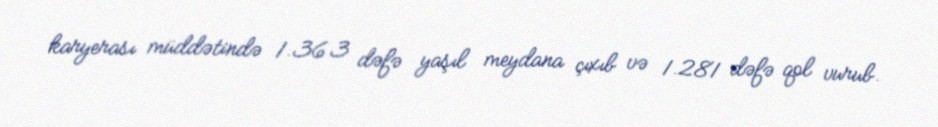
karyerası müddətində 1.363 dəfə yaşıl meydana çıxıb və 1.281 dəfə qol vurub.